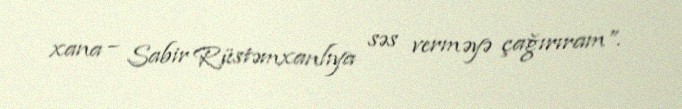
xana – Sabir Rüstəmxanlıya səs verməyə çağırıram”.